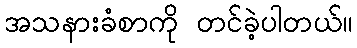
အသနားခံစာကို တင်ခဲ့ပါတယ်။